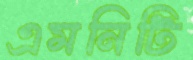
এমনিটি